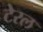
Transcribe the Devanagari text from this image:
टेरल